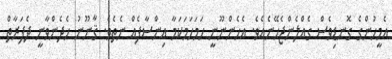
އެމީހުންގެ ގޮނޑިވެސް ގެއްލެންޖެހޭނެއެވެ. އެހެންނޫނީ ހަމަހަމަކަމާ އިންސާފެއް ނެތެވެ. ޤާނޫނު ހެދެންވާނީ ދެފަރާތް